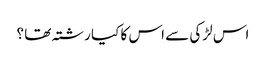
اس لڑکی سے اس کا کیا رشتہ تھا ؟